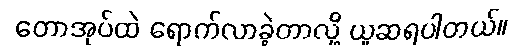
တောအုပ်ထဲ ရောက်လာခဲ့တာလို့ ယူဆရပါတယ်။